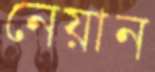
নেয়ান